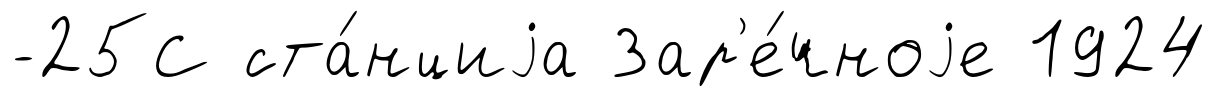
-25С ста́нциjа Зар'е́чноjе 1924